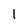
Character: 1